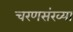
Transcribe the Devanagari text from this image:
चरणसंख्या